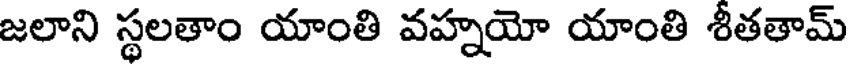
జలాని స్థలతాం యాంతి వహ్నయో యాంతి శీతతామ్